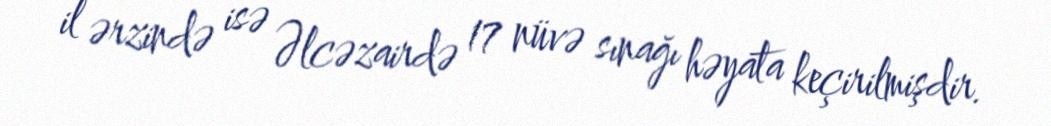
il ərzində isə Əlcəzairdə 17 nüvə sınağı həyata keçirilmişdir.